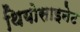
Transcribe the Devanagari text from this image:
थियोसाइनेट